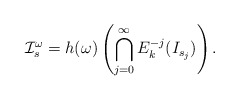
\begin{align*} \mathcal I ^\omega _s =h(\omega)\left(\bigcap ^{\infty} _{j=0} E_k ^{-j}( I _{s_j}) \right).\end{align*}